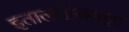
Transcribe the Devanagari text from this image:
इतालवीसमझा